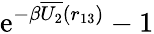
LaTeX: \mathrm{e}^{-\beta\overline{{U_{2}}}(r_{13})}-1